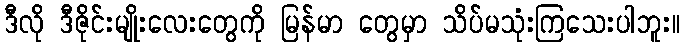
ဒီလို ဒီဇိုင်းမျိုးလေးတွေကို မြန်မာ တွေမှာ သိပ်မသုံးကြသေးပါဘူး။